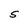
Character: S